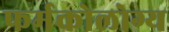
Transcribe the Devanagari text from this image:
फर्मकोलोग्य